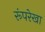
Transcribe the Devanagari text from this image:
रूंपरेखा